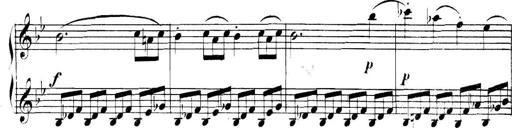
Title: Collected Piano Sonatas
Composer: Muzio Clementi